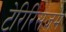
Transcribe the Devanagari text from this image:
टेरिरिसज़म